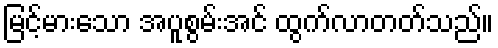
မြင့်မားသော အပူစွမ်းအင် ထွက်လာတတ်သည်။